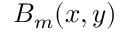
B _ { m } ( x , y )